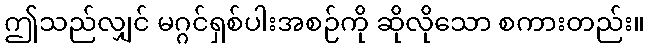
ဤသည်လျှင် မဂ္ဂင်ရှစ်ပါးအစဉ်ကို ဆိုလိုသော စကားတည်း။